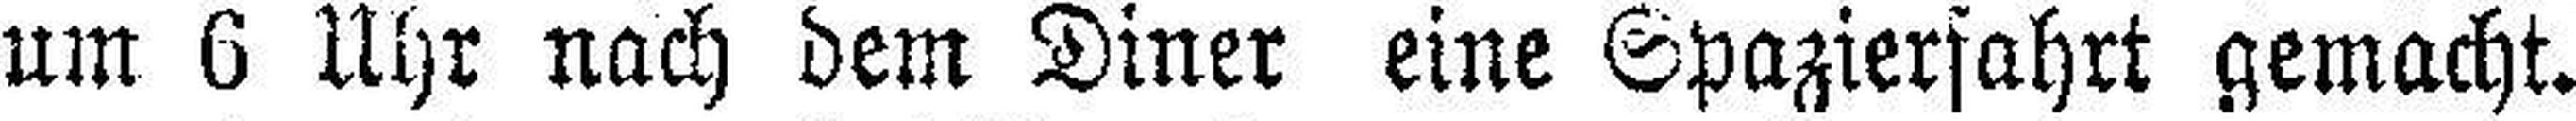
um 6 Uhr nach dem Diner eine Spazierfahrt gemacht.